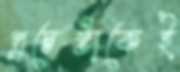
প্রচেষ্টাকেই